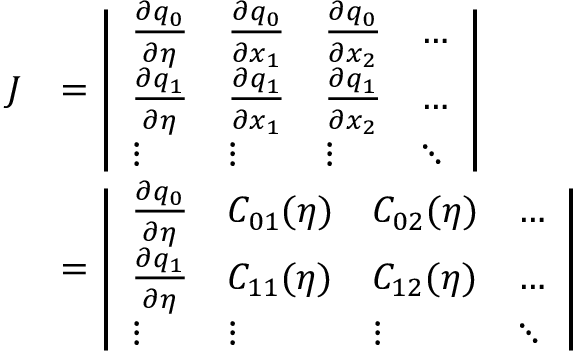
\begin{array} { r l } { J } & { = \left| \begin{array} { l l l l } { \frac { \partial q _ { 0 } } { \partial \eta } } & { \frac { \partial q _ { 0 } } { \partial x _ { 1 } } } & { \frac { \partial q _ { 0 } } { \partial x _ { 2 } } } & { \dots } \\ { \frac { \partial q _ { 1 } } { \partial \eta } } & { \frac { \partial q _ { 1 } } { \partial x _ { 1 } } } & { \frac { \partial q _ { 1 } } { \partial x _ { 2 } } } & { \dots } \\ { \vdots } & { \vdots } & { \vdots } & { \ddots } \end{array} \right| } \\ & { = \left| \begin{array} { l l l l } { \frac { \partial q _ { 0 } } { \partial \eta } } & { C _ { 0 1 } ( \eta ) } & { C _ { 0 2 } ( \eta ) } & { \dots } \\ { \frac { \partial q _ { 1 } } { \partial \eta } } & { C _ { 1 1 } ( \eta ) } & { C _ { 1 2 } ( \eta ) } & { \dots } \\ { \vdots } & { \vdots } & { \vdots } & { \ddots } \end{array} \right| } \end{array}